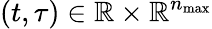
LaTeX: (t,\tau)\in\mathbb{R}\times\mathbb{R}^{n_{\operatorname*{max}}}